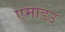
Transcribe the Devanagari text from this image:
एमाडउ